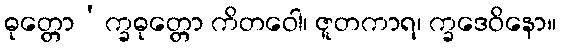
ဓုတ္တော’က္ခဓုတ္တော ကိတဝေါ၊ ဇူတကာရ၊ က္ခဒေဝိနော။